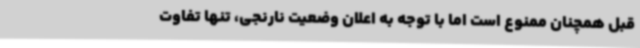
قبل همچنان ممنوع است اما با توجه به اعلان وضعیت نارنجی، تنها تفاوت